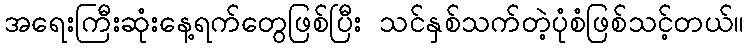
အရေးကြီးဆုံးနေ့ရက်တွေဖြစ်ပြီး သင်နှစ်သက်တဲ့ပုံစံဖြစ်သင့်တယ်။